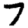
Digit: 7